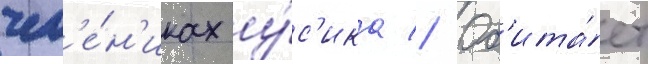
чл'е́н'иках у́с'ика // Об'ита́ет